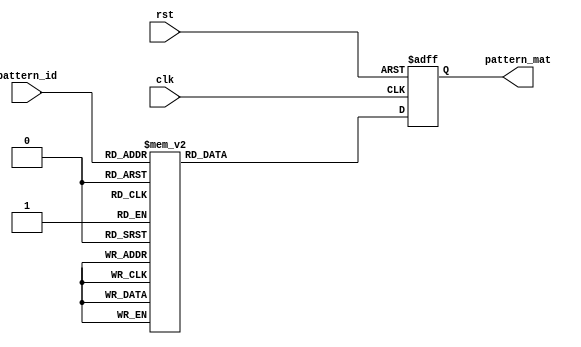
module load_pattern(clk, rst, pattern_id, pattern_mat);
	input				clk, rst;
	input		[3:0]	pattern_id;
	output reg	[0:63]	pattern_mat;

	always @(posedge clk or negedge rst) begin
		if (!rst) begin
			pattern_mat <= 0;
		end
		else begin
			case (pattern_id)
				4'h1: pattern_mat <= {
						8'b10000000,
						8'b00000000,
						8'b00000000,
						8'b00000000,
						8'b00000000,
						8'b00000000,
						8'b00000000,
						8'b00000000
					};
				4'h2: pattern_mat <= {
						8'b11000000,
						8'b11000000,
						8'b00000000,
						8'b00000000,
						8'b00000000,
						8'b00000000,
						8'b00000000,
						8'b00000000
					};
				4'h3: pattern_mat <= {
						8'b11000000,
						8'b10100000,
						8'b01000000,
						8'b00000000,
						8'b00000000,
						8'b00000000,
						8'b00000000,
						8'b00000000
					};
				4'h4: pattern_mat <= {
						8'b01000000,
						8'b10100000,
						8'b01000000,
						8'b00000000,
						8'b00000000,
						8'b00000000,
						8'b00000000,
						8'b00000000
					};
				4'h5: pattern_mat <= {
						8'b01100000,
						8'b10010000,
						8'b01100000,
						8'b00000000,
						8'b00000000,
						8'b00000000,
						8'b00000000,
						8'b00000000
					};
				4'h6: pattern_mat <= {
						8'b01100000,
						8'b10010000,
						8'b01010000,
						8'b00100000,
						8'b00000000,
						8'b00000000,
						8'b00000000,
						8'b00000000
					};
				4'h7: pattern_mat <= {
						8'b11100000,
						8'b00000000,
						8'b00000000,
						8'b00000000,
						8'b00000000,
						8'b00000000,
						8'b00000000,
						8'b00000000
					};
				4'h8: pattern_mat <= {
						8'b11000000,
						8'b11000000,
						8'b00110000,
						8'b00110000,
						8'b00000000,
						8'b00000000,
						8'b00000000,
						8'b00000000
					};
				4'h9: pattern_mat <= {
						8'b01000000,
						8'b00100000,
						8'b11100000,
						8'b00000000,
						8'b00000000,
						8'b00000000,
						8'b00000000,
						8'b00000000
					};
				4'ha: pattern_mat <= {
						8'b10010000,
						8'b00001000,
						8'b10001000,
						8'b01111000,
						8'b00000000,
						8'b00000000,
						8'b00000000,
						8'b00000000
					};
				4'hb: pattern_mat <= {
						8'b00100000,
						8'b10001000,
						8'b00000100,
						8'b10000100,
						8'b01111100,
						8'b00000000,
						8'b00000000,
						8'b00000000
					};
				4'hf: pattern_mat <= {
						8'b01000000,
						8'b00010000,
						8'b11001110,
						8'b00000000,
						8'b00000000,
						8'b00000000,
						8'b00000000,
						8'b00000000
					};
				4'he: pattern_mat <= {
						8'b11001000,
						8'b10001000,
						8'b10011000,
						8'b00000000,
						8'b00000000,
						8'b00000000,
						8'b00000000,
						8'b00000000
					};
				4'hd: pattern_mat <= {
						8'b11100000,
						8'b00000000,
						8'b01000000,
						8'b01000000,
						8'b01000000,
						8'b00000000,
						8'b00000000,
						8'b00000000
					};
				4'hc: pattern_mat <= {
						8'b01010000,
						8'b10000000,
						8'b01001000,
						8'b00011100,
						8'b00000000,
						8'b00000000,
						8'b00000000,
						8'b00000000
					};
				default: pattern_mat <= 0;
			endcase
		end
	end
endmodule